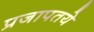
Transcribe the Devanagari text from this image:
प्रजापतये